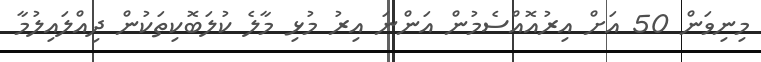
މިނިވަން 50 އަށް އިރުއޮއްސެމުން އަންނަ އިރު މުޅި މާލެ ކުލަބޮކިތަކުން ދިއްލައިލުމާ